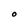
Character: O